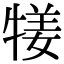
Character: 𤚖